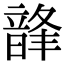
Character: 韸